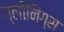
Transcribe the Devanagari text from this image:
ग्लीनिंग्स